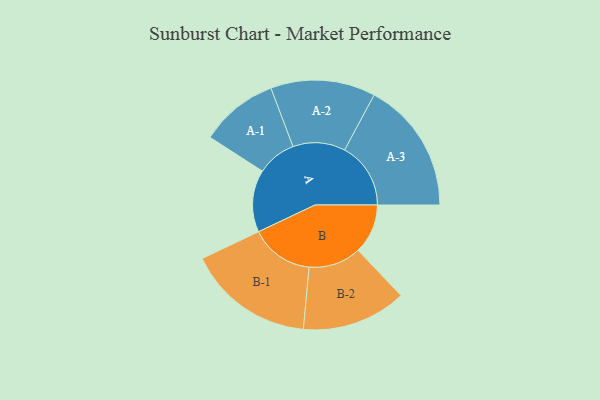
{"axis": {"x": "Segment", "y": "Value"}, "legend": ["", "A", "B"], "data": [{"x": "A", "y": 258, "type": ""}, {"x": "B", "y": 206, "type": ""}, {"x": "A-1", "y": 162, "type": "A"}, {"x": "A-2", "y": 217, "type": "A"}, {"x": "A-3", "y": 274, "type": "A"}, {"x": "B-1", "y": 263, "type": "B"}, {"x": "B-2", "y": 217, "type": "B"}]}